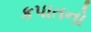
કપાતનો